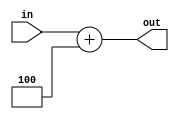
`timescale 1ns / 1ps
//////////////////////////////////////////////////////////////////////////////////
// Company: 
// Engineer: 
// 
// Design Name: 
// Module Name: SimpleAdder4
// Project Name: 
// Target Devices: 
// Tool Versions: 
// Description: 
// 
// Dependencies: 
// 
// Revision:
// Revision 0.01 - File Created
// Additional Comments:
// 
//////////////////////////////////////////////////////////////////////////////////


module SimpleAdder4(in,out);
    input [31:0] in;
    output reg [31:0] out;

    /* Please fill in the implementation here... */
    
    always @ (in) begin
        out <= in + 4;
    end
endmodule